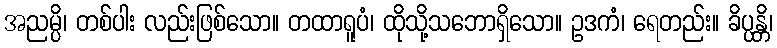
အညမ္ပိ၊ တစ်ပါး လည်းဖြစ်သော။ တထာရူပံ၊ ထိုသို့သဘောရှိသော။ ဥဒကံ၊ ရေတည်း။ ခိပ္ပန္တိ၊